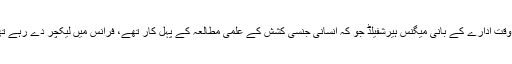
اس وقت ادارے کے بانی میگنس ہیرشفیلڈ جو کہ انسانی جنسی کشش کے علمی مطالعہ کے پہل کار تھے، فرانس میں لیکچر دے رہے تھے۔